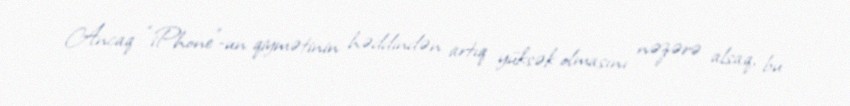
Ancaq “iPhone”-un qiymətinin həddindən artıq yüksək olmasını nəzərə alsaq, bu